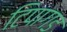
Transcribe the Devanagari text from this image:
टिपागड